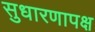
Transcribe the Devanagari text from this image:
सुधारणापक्ष